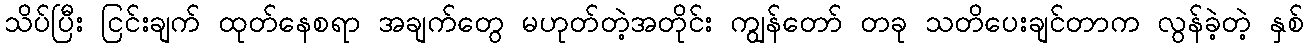
သိပ်ပြီး ငြင်းချက် ထုတ်နေစရာ အချက်တွေ မဟုတ်တဲ့အတိုင်း ကျွန်တော် တခု သတိပေးချင်တာက လွန်ခဲ့တဲ့ နှစ်